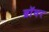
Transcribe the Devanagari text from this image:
ब्रॉवर